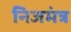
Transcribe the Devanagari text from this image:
निजमंत्र